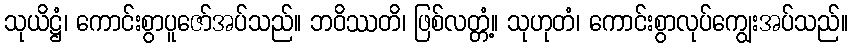
သုယိဋ္ဌံ၊ ကောင်းစွာပူဇော်အပ်သည်။ ဘဝိဿတိ၊ ဖြစ်လတ္တံ့။ သုဟုတံ၊ ကောင်းစွာလုပ်ကျွေးအပ်သည်။